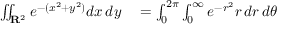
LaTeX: \begin{array} { r l r l } { \iint _ { \mathbf { R } ^ { 2 } } e ^ { - ( x ^ { 2 } + y ^ { 2 } ) } d x \, d y } & { { } = \int _ { 0 } ^ { 2 \pi } \int _ { 0 } ^ { \infty } e ^ { - r ^ { 2 } } r \, d r \, d \theta } \end{array}